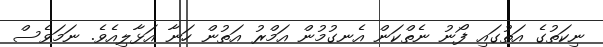
ނިކަތުގެ އަތުގައި ފޯނު ނެތްކަން އެނގުމުން އަމްރު އަތުން ހަނާ އަޅާލިއެވެ. ނަމަވެސް